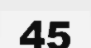
45